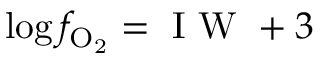
\log f _ { \mathrm { O _ { 2 } } } = \mathrm { ~ I ~ W ~ } + 3